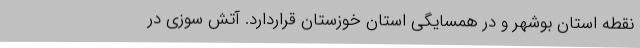
نقطه استان بوشهر و در همسایگی استان خوزستان قراردارد. آتش‌ سوزی در